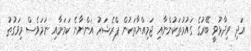
އަދި ވިދާޅުވީ ބޭރުގެ ގައުމުތަކުންނާއި ޖަމިއްޔާތަކުން ޕްރެޝަރު އަންނާނެ ކަމަށާއި ނަމަވެސް މިވަގުތު